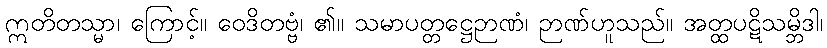
ဣတိတသ္မာ၊ ကြောင့်။ ဝေဒိတဗ္ဗံ၊ ၏။ သမာပတ္တဋ္ဌေဉာဏံ၊ ဉာဏ်ဟူသည်။ အတ္ထပဋိသမ္ဘိဒါ၊